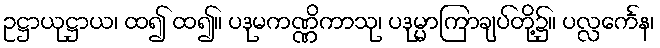
ဥဋ္ဌာယုဋ္ဌာယ၊ ထ၍ ထ၍။ ပဒုမကဏ္ဏိကာသု၊ ပဒုမ္မာကြာချပ်တို့၌။ ပလ္လင်္ကေန၊